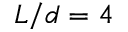
L / d = 4